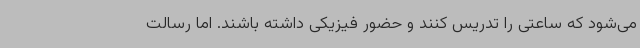
می‌شود که ساعتی را تدریس کنند و حضور فیزیکی داشته باشند. اما رسالت